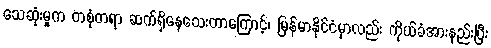
သေဆုံးမှုက တစုံတရာ ဆက်ရှိနေသေးတာကြောင့်၊ မြန်မာနိုင်ငံမှာလည်း ကိုယ်ခံအားနည်းပြီး